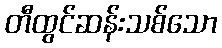
တီထွင်ဆန်းသစ်သော